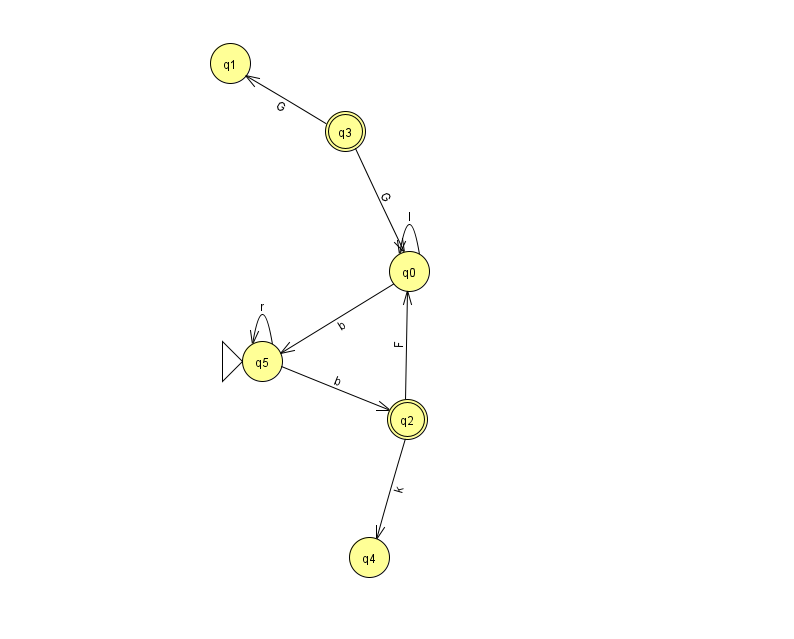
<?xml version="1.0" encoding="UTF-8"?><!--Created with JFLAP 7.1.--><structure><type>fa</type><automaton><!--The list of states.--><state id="0" name="q0"><x>409.0</x><y>258.0</y></state><state id="1" name="q1"><x>230.0</x><y>50.0</y></state><state id="2" name="q2"><x>407.0</x><y>406.0</y><final/></state><state id="3" name="q3"><x>345.0</x><y>118.0</y><final/></state><state id="4" name="q4"><x>369.0</x><y>544.0</y></state><state id="5" name="q5"><x>262.0</x><y>348.0</y><initial/></state><!--The list of transitions.--><transition><from>5</from><to>5</to><read>r</read></transition><transition><from>5</from><to>2</to><read>b</read></transition><transition><from>0</from><to>5</to><read>b</read></transition><transition><from>3</from><to>0</to><read>G</read></transition><transition><from>3</from><to>1</to><read>G</read></transition><transition><from>2</from><to>0</to><read>F</read></transition><transition><from>0</from><to>0</to><read>l</read></transition><transition><from>2</from><to>4</to><read>k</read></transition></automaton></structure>